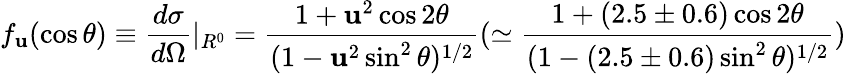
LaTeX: f_{\mathbf{u}}(\cos\theta)\equiv\frac{{d\sigma}}{{d\Omega}}|_{R^{0}}=\frac{{1+\mathbf{u}^{2}\cos2\theta}}{{(1-\mathbf{u}^{2}\sin^{2}\theta)^{1/2}}}(\simeq\frac{{1+(2.5\pm0.6)\cos2\theta}}{{(1-(2.5\pm0.6)\sin^{2}\theta)^{1/2}}})